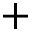
+